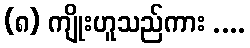
(၈) ကျိုးဟူသည်ကား ....